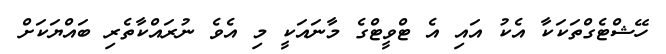
ހޭޝްޓެގްތަކަކާ އެކު އައި އެ ޓްވީޓްގެ މާނައަކީ މި އެވެ ނުރައްކާތެރި ބައްޔަކަށް